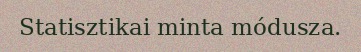
Statisztikai minta módusza.